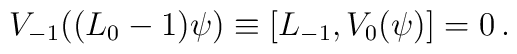
V_{-1}((L_0-1)\psi)\equiv [L_{-1},V_0(\psi)]=0\,.